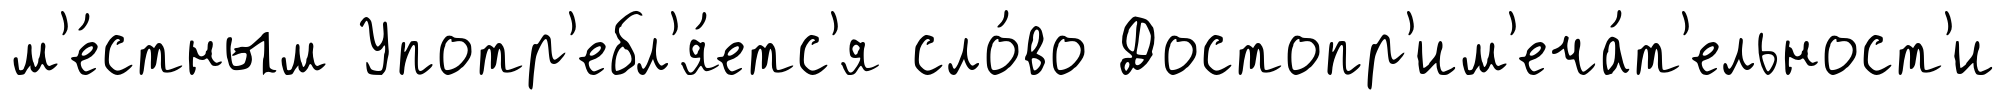
м'е́стным Употр'ебл'я́етс'я сло́во Достопр'им'еча́т'ельност'и